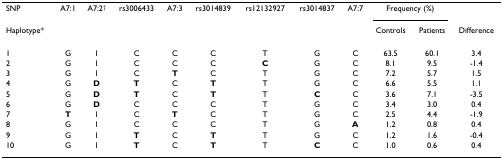
| SNP | A7:1 | A7:2† | rs3006433 | A7:3 | rs3014839 | rs12132927 | rs3014837 | A7:7 | <COLSPAN=2> Frequency (%) |  |
 | Haplotype* |  |  |  |  |  |  |  |  | Controls | Patients | Difference |
 | --- | --- | --- | --- | --- | --- | --- | --- | --- | --- | --- | --- |
 | 1 | G | I | C | C | C | T | G | C | 63.5 | 60.1 | 3.4 |
 | 2 | G | I | C | C | C | C | G | C | 8.1 | 9.5 | -1.4 |
 | 3 | G | I | C | T | C | T | G | C | 7.2 | 5.7 | 1.5 |
 | 4 | G | D | T | C | T | T | G | C | 6.6 | 5.5 | 1.1 |
 | 5 | G | D | T | C | T | T | C | C | 3.6 | 7.1 | -3.5 |
 | 6 | G | D | C | C | C | T | G | C | 3.4 | 3.0 | 0.4 |
 | 7 | T | I | C | T | C | T | G | C | 2.5 | 4.4 | -1.9 |
 | 8 | G | I | C | C | C | T | G | A | 1.2 | 0.8 | 0.4 |
 | 9 | G | I | T | C | T | T | G | C | 1.2 | 1.6 | -0.4 |
 | 10 | G | I | T | C | T | T | C | C | 1.0 | 0.6 | 0.4 |